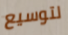
لتوسيع